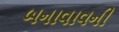
બનાવાવની